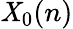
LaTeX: \mathit{X}_{0}(n)